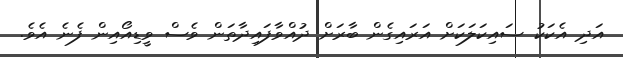
އަދި އެކަކު ސައިކަލަކަށް އަރައިގެން ބާރަށް ދުއްވާފައިދާތަން ވެސް ވީޑިއޯއިން ފެނެ އެވެ.